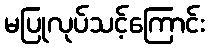
မပြုလုပ်သင့်ကြောင်း